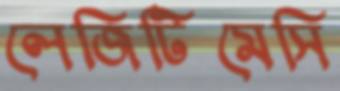
লেজিটিমেসি